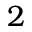
2